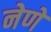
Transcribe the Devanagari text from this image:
नेणें